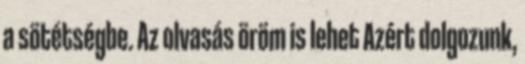
a sötétségbe. Az olvasás öröm is lehet Azért dolgozunk,